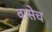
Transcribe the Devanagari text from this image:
वासेच